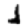
Digit: 1